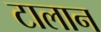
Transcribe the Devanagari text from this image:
टालान